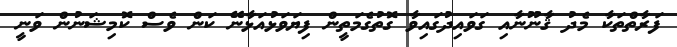
ފަރާތްތަކާ މެދު ޤާނޫނާއި ގަވައިދުގައިވާ ގޮތުގެމަތީން ފިޔަވަޅުއަޅާނޭ ކަން ވެސް ކޮމިޝަނުން ވަނީ